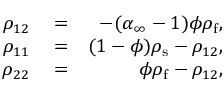
\begin{array} { r l r } { \rho _ { 1 2 } } & { { } = } & { - ( \alpha _ { \infty } - 1 ) \phi \rho _ { \mathrm { f } } , } \\ { \rho _ { 1 1 } } & { { } = } & { ( 1 - \phi ) \rho _ { \mathrm { s } } - \rho _ { 1 2 } , } \\ { \rho _ { 2 2 } } & { { } = } & { \phi \rho _ { \mathrm { f } } - \rho _ { 1 2 } , } \end{array}